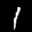
Label: 1